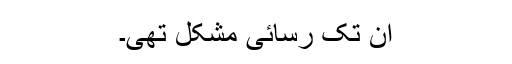
ان تک رسائی مشکل تھی۔